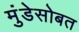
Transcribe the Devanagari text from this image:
मुंडेसोबत